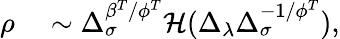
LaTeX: \begin{array}{rl}{\rho}&{{}\sim\Delta_{\sigma}^{\beta^{T}/\phi^{T}}\mathcal{H}(\Delta_{\lambda}\Delta_{\sigma}^{-1/\phi^{T}}),}\end{array}